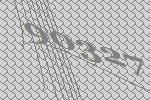
90327